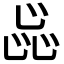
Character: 𬼫